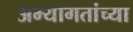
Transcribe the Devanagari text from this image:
अभ्यागतांच्या